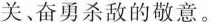
关、奋勇杀敌的敬意。